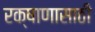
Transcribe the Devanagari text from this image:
रक्षाणासाठी